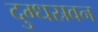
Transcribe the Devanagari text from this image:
दुग्धस्रवन